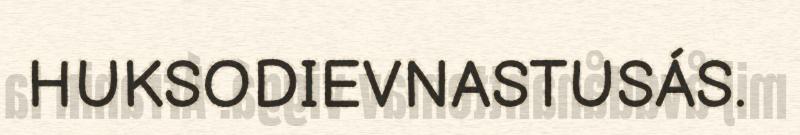
HUKSODIEVNASTUSÁS.